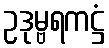
ဥဒုမ္ဗရကဋ္ဌံ